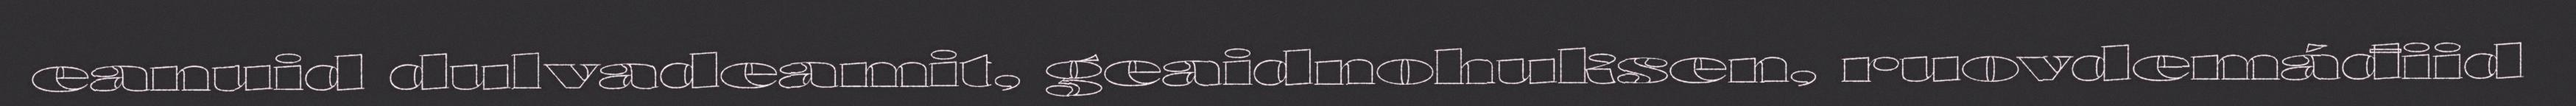
eanuid dulvadeamit, geaidnohuksen, ruovdemáđiid